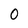
Character: 0